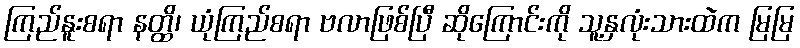
ကြည်နူးစရာ နတ္ထိ၊ ယုံကြည်စရာ ဗလာဖြစ်ပြီ ဆိုကြောင်းကို သူ့နှလုံးသားထဲက မြမြ